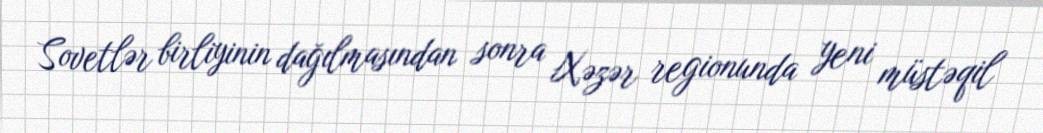
Sovetlər birliyinin dağılmasından sonra Xəzər regionunda yeni müstəqil